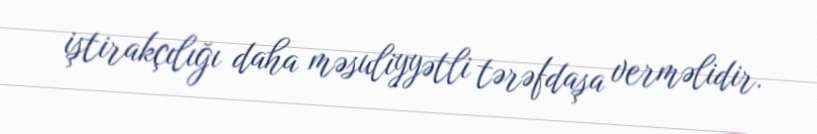
iştirakçılığı daha məsuliyyətli tərəfdaşa verməlidir.